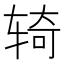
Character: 𫐎